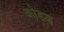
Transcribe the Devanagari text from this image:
कोडज़